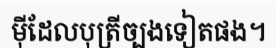
ម៉ីដែលបុត្រីច្បងទៀតផង។